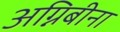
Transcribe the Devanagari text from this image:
अग्निबीना